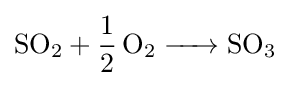
{\ce {SO2 + 1/2 O2 -> SO3}}